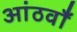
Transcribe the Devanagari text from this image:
आंठवाँ